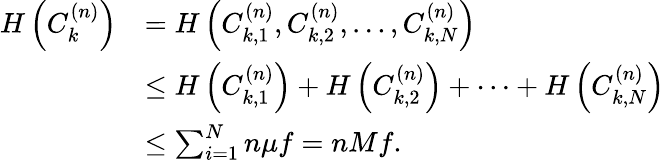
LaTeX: \begin{array}{rl}{H\left(C_{k}^{(n)}\right)}&{=H\left(C_{k,1}^{(n)},C_{k,2}^{(n)},\dots,C_{k,N}^{(n)}\right)}\\ &{\leq H\left(C_{k,1}^{(n)}\right)+H\left(C_{k,2}^{(n)}\right)+\cdots+H\left(C_{k,N}^{(n)}\right)}\\ &{\leq\sum_{i=1}^{N}n\mu f=nMf.}\end{array}